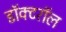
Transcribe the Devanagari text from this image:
डॉक्टरॉल